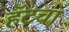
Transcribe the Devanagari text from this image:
हॅटचा